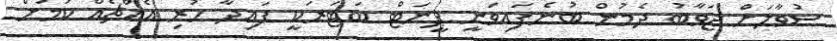
ސުވާލަށް ޖަވާބު ދެމުން ބުނެފައިވަނީ ޕީނަޓް ބަޓަރަކީ ފައިދާ ހުރި އެއްޗެއް ކަމަށް